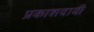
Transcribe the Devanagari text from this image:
प्रकाशदायी